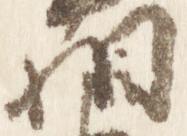
相